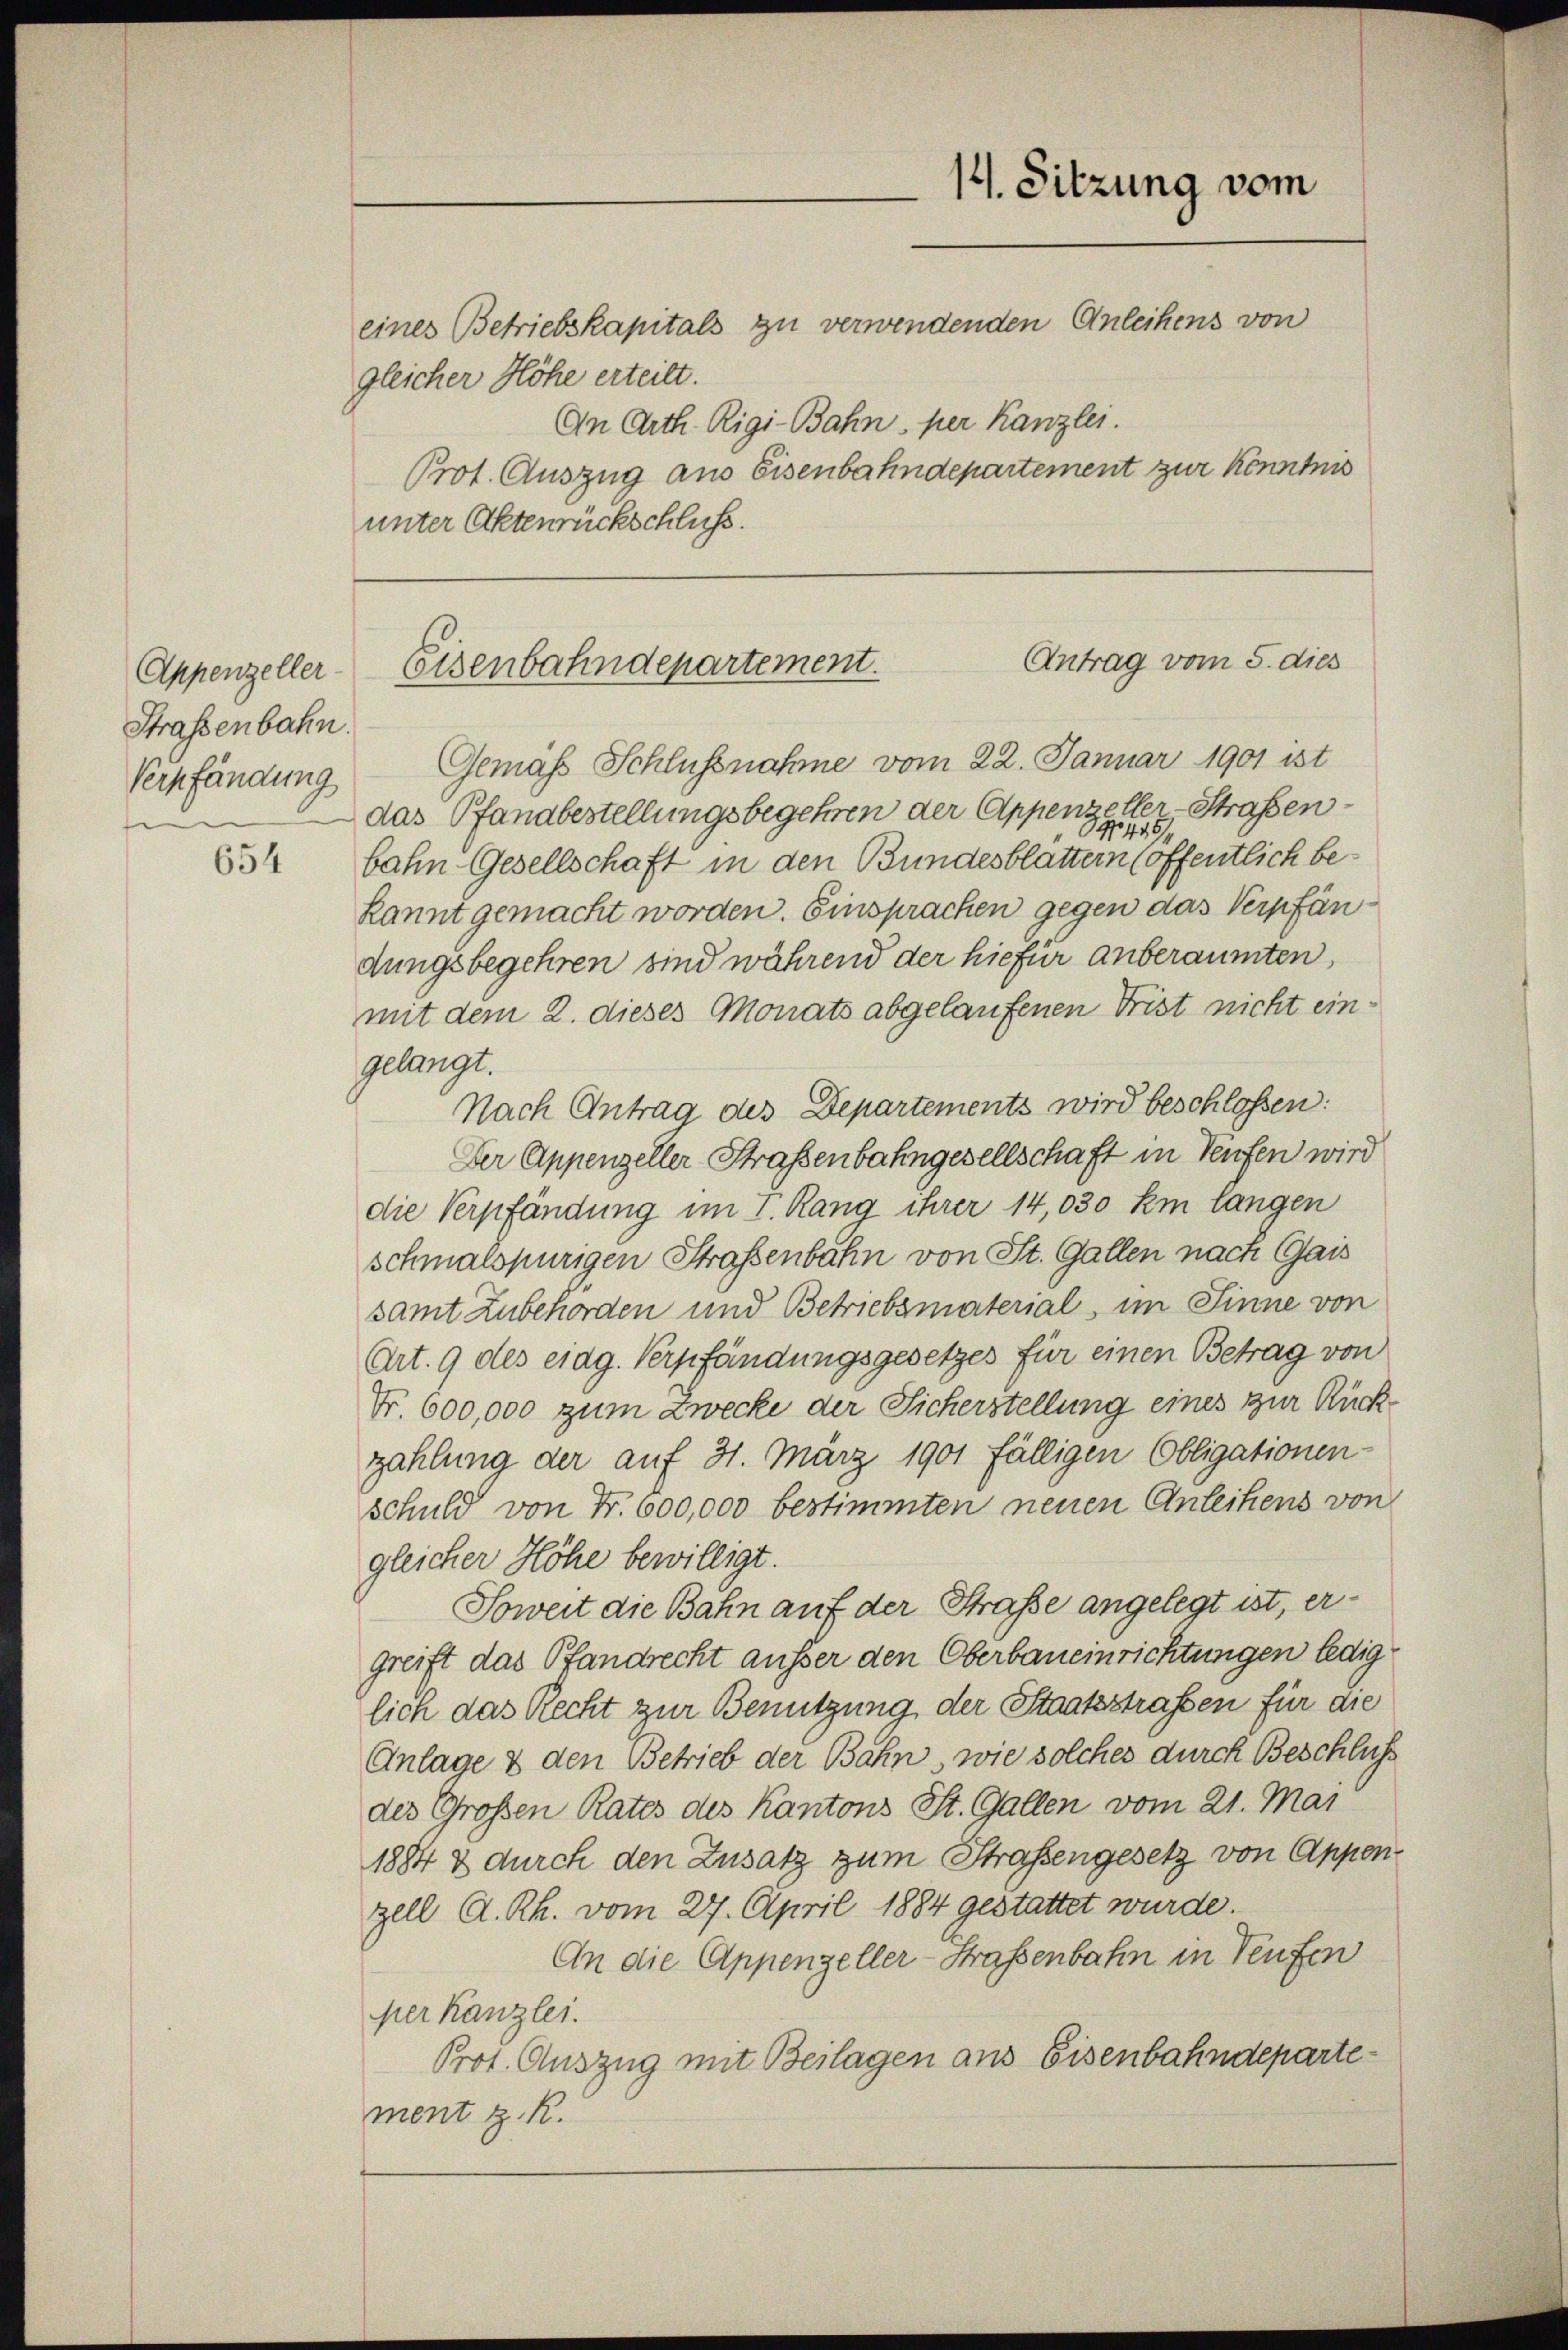
Appenzeller-
Straßenbahn.

654

eines Betriebskapitals zu verwendenden Anleihens von
gleicher Höhe erteilt.
An Arth. Rigi-Bahn, per Kanzlei.
unter Aktenrückschluss.

12. Sitzung vom
Prot. Auszug aus Eisenbahndepartement zur könntnis

Antrag vom 5. dies
Eisenbahndepartement.

Verpfändung Gemäss Schlussnahme vom 22. Januar 1901 ist
das Pfandbestellungsbegehren der Appenzeller-Straßen¬
14445/
bahn Gesellschaft in den Bundesblattern (öffentlich bekannt gemacht worden. Einsprachen gegen das Verpfändungsbegehren sind während der hiefür anberaumten,
mit dem 2. dieses Monats abgelaufenen Frist nicht eingelangt.
Nach Antrag des Departements wird beschlossen:
Der Appenzeller Straßenbahngesellschaft in Teufen wird
die Verpfändung im I. Rang ihrer 14,030 km langen
schmalspurigen Straßenbahn von St. Gallen nach Gais
samt Zubehörden und Betriebsmaterial, im Sinne von
Art. 9 des eidg. Verpfändungsgesetzes für einen Betrag von
Nr. 600,000 zum Zwecke der Sicherstellung eines zur Rück-
zahlung der auf 31. März 1901 fälligen Obligationen-
Schuld von Fr. 600,000 bestimmten neuen Anleihens von
gleicher Höhe bewilligt.
Soweit die Bahn auf der Straße angelegt ist, ergreift das Pfandrecht ausser den Oberbaueinrichtungen ledig
lich das Recht zur Benutzung der Staatsstrafen für die
Anlage & den Betrieb der Bahn, wie solches durch Beschluss
des Großen Rates des Kantons St. Gallen vom 21. Mai
1884 & durch den Zusatz zum Straßengesetz von Appenzell A. Rh. vom 27. April 1884 gestattet wurde.
An die Appenzeller-Straßenbahn in Teufen
per Kanzlei.
Prot. Auszug mit Beilagen aus Eisenbahndepartement z. R.